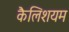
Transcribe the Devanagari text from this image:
कैलिशयम